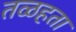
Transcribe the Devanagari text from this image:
तळहता